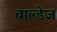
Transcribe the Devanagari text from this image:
वाल्डेज